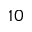
1 0